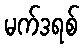
မက်ဒရစ်